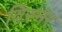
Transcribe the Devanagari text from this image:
विस्नर